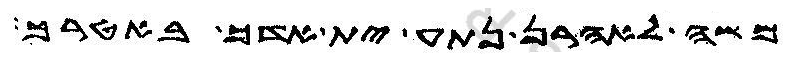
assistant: משה לאהרן נתע ית אדך באטרך